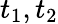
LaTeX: t_{1},t_{2}